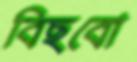
বিছবো